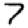
Digit: 7